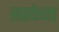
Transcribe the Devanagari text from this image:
सरकेना